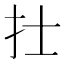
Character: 𢩿